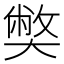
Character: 𡚁